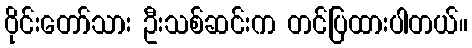
ဝိုင်းတော်သား ဦးသစ်ဆင်းက တင်ပြထားပါတယ်။